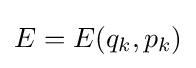
E=E(q_{k},p_{k})